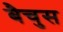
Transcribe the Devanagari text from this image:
बैचुस